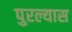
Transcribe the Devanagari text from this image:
पुरल्यास